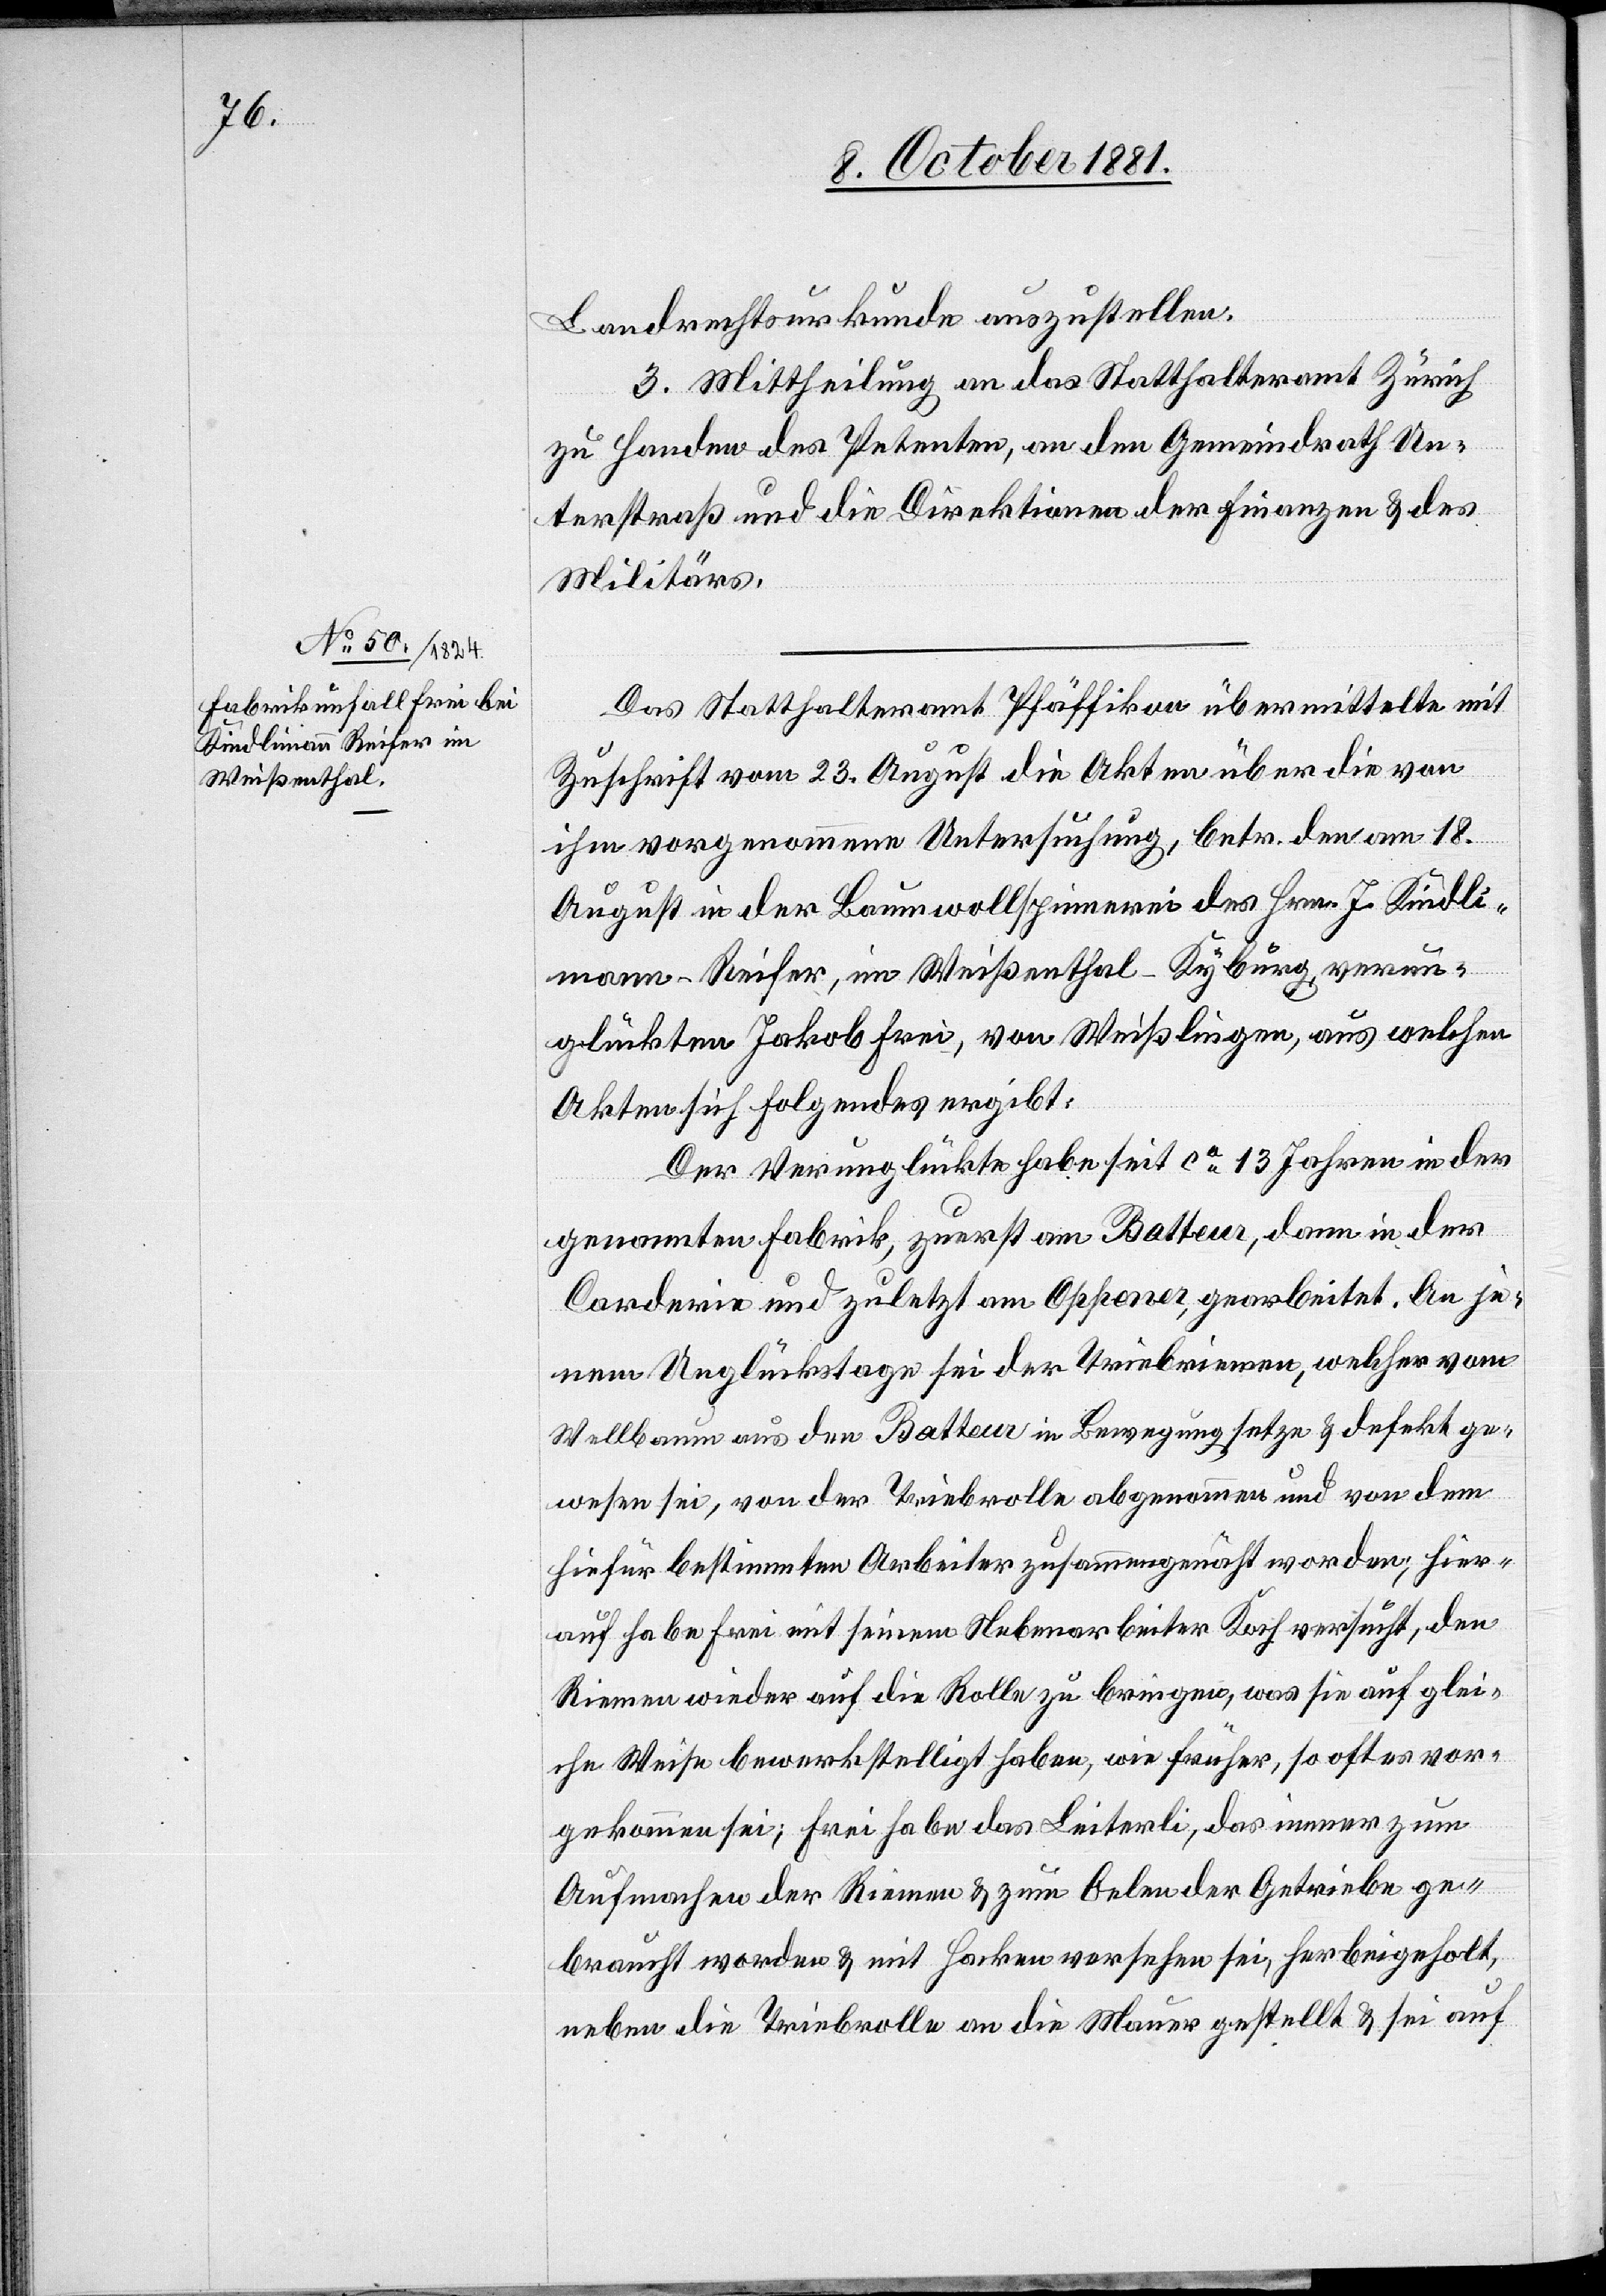
Landrechtsurkunde auszustellen.
3. Mittheilung an das Statthalteramt Zürich
zu Handen des Petenten, an den Gemeindrath Un¬
terstraß und die Direktionen der Finanzen & des
Militärs.
Das Statthalteramt Pfäffikon übermittelte mit
Zuschrift vom 23. August die Akten über die von
ihm vorgenommene Untersuchung, betr. den am 18.
August in der Baumwollspinnerei des Hrn. J. Kindli¬
mann-Reifer, im Weißenthal - Kyburg, verun¬
glückten Jakob Frei, von Weißlingen, aus welchen
Akten sich Folgendes ergibt:
Der Verunglückte habe seit ca 13 Jahren in der
genannten Fabrik, zuerst am Batteur, dann in der
Carderie und zuletzt am Oppener, gearbeitet. An je¬
nem Unglückstage sei der Triebriemen, welcher vom
Wellbaum aus den Batteur in Bewegung setze & defekt ge¬
wesen sei, von der Triebrolle abgenommen und von dem
hiefür bestimmten Arbeiter zusammengenäht worden; hier¬
auf habe Frei mit seinem Nebenarbeiter Koch versucht, den
Riemen wieder auf die Rolle zu bringen, was sie auf glei¬
che Weise bewerkstelligt haben, wie früher, so oft es vor¬
gekommen sei; Frei habe das Leiterli, das immer zum
Aufmachen der Riemen & zum Oelen der Getriebe ge¬
braucht worden & mit Hacken versehen sei, herbeigeholt,
neben die Triebrolle an die Mauer gestellt & sei auf